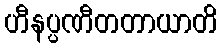
ဟီနပ္ပဏီတတာယာတိ